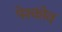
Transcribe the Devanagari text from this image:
पेश्कोव